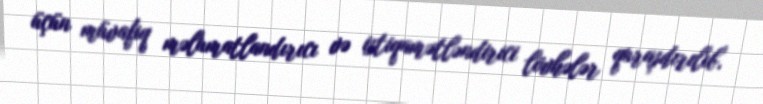
üçün müvafiq məlumatlandırıcı və istiqamətləndirici lövhələr quraşdırılıb.